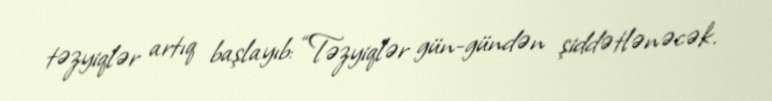
təzyiqlər artıq başlayıb: “Təzyiqlər gün-gündən şiddətlənəcək.